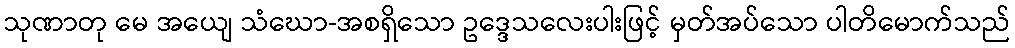
သုဏာတု မေ အယျေ သံဃော-အစရှိသော ဥဒ္ဒေသလေးပါးဖြင့် မှတ်အပ်သော ပါတိမောက်သည်